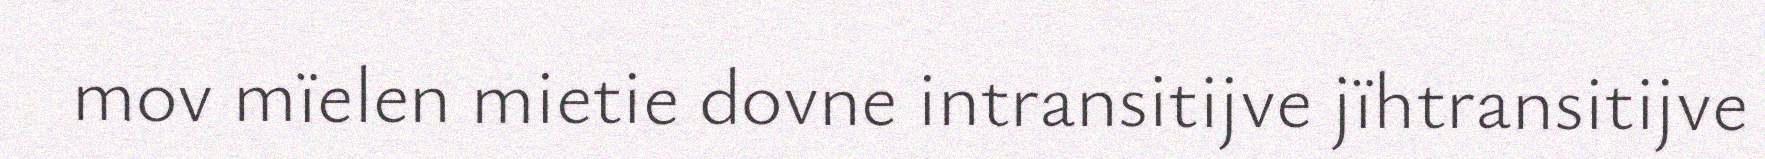
mov mïelen mietie dovne intransitijve jïhtransitijve